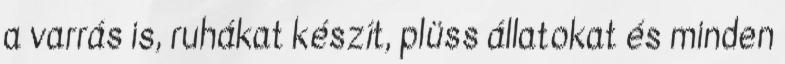
a varrás is, ruhákat készít, plüss állatokat és minden